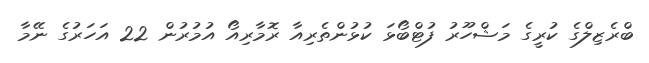
ބްރެޒިލްގެ ކުރީގެ މަޝްހޫރު ފުޓްބޯޅަ ކުޅުންތެރިއާ ރޮމާރިއޯ އުމުރުން 22 އަހަރުގެ ނޭމާ